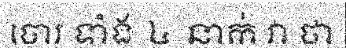
ចោរ ទាំង ៤ នាក់ វា ថា